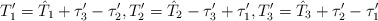
\begin{align*}T_1'=\hat T_1+\tau'_3-\tau'_2,T_2'= \hat T_2-\tau_3'+\tau_1', T_3'=\hat T_3+\tau'_2-\tau'_1\end{align*}